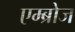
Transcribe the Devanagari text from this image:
एम्ब्रोज